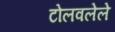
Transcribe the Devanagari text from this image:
टोलवलेले